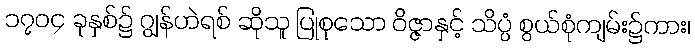
၁၇၀၄ ခုနှစ်၌ ဂျွန်ဟဲရစ် ဆိုသူ ပြုစုသော ဝိဇ္ဇာနှင့် သိပ္ပံ စွယ်စုံကျမ်း၌ကား၊